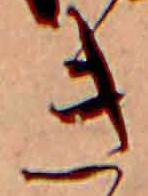
き